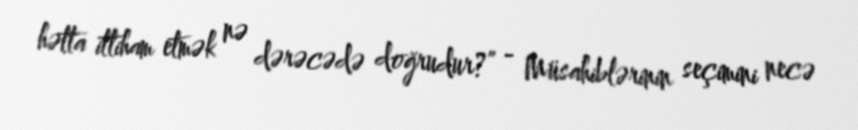
hətta ittiham etmək nə dərəcədə doğrudur?” - Müsahiblərinin seçimini necə